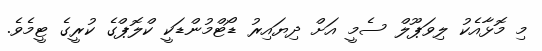
މި މޮޅާއެކު ލިވަޕޫލް ސެމީ އަށް ދިޔައިރު ޑޯޓްމުންޑަކީ ކްލޮޕްގެ ކުރީގެ ޓީމެވެ.